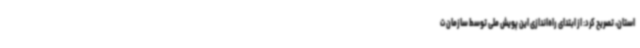
استان، تصریح کرد: از ابتدای راه‌اندازی این پویش ملی توسط سازمان ت